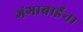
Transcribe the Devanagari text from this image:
गंगाबाईंना